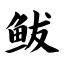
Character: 鲅